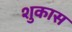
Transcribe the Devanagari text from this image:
शुकास